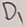
Text: D1